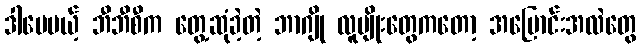
ဒါပေမယ့် ဘီဘီစီက တွေ့ဆုံခဲ့တဲ့ ဘာဂျို လူမျိုးတွေကတော့ အပြောင်းအလဲတွေ